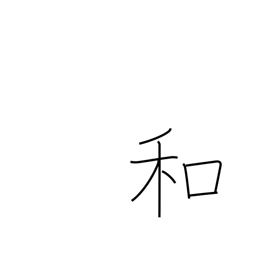
Meaning: soften